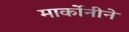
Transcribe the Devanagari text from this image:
मार्कोनीने